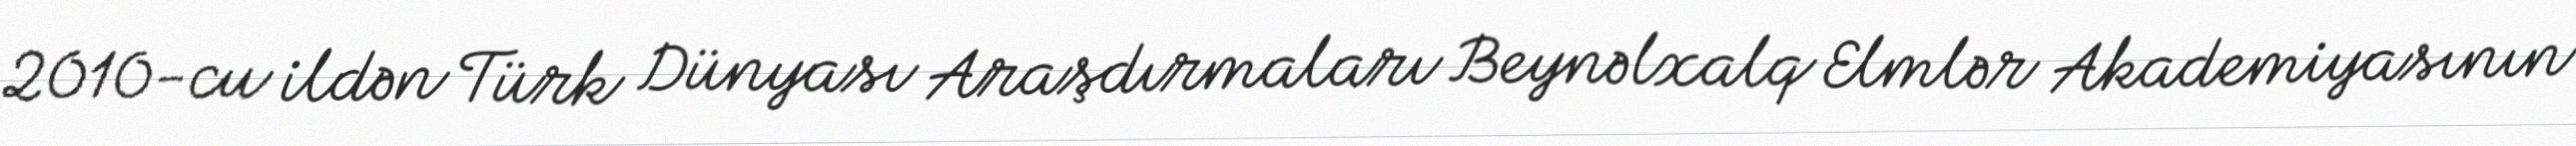
2010-cu ildən Türk Dünyası Araşdırmaları Beynəlxalq Elmlər Akademiyasının